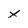
Character: x